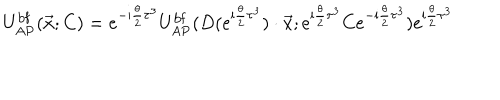
LaTeX: U _ { \mathrm { A P } } ^ { \mathrm { b f } } ( \vec { x } ; C ) = e ^ { - \mathrm { i } { \frac { \theta } { 2 } } \tau ^ { 3 } } U _ { \mathrm { A P } } ^ { \mathrm { b f } } ( D ( e ^ { \mathrm { i } { \frac { \theta } { 2 } } \tau ^ { 3 } } ) \cdot \vec { x } ; e ^ { \mathrm { i } { \frac { \theta } { 2 } } \tau ^ { 3 } } C e ^ { - \mathrm { i } { \frac { \theta } { 2 } } \tau ^ { 3 } } ) e ^ { \mathrm { i } { \frac { \theta } { 2 } } \tau ^ { 3 } }